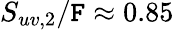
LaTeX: S_{uv,2}/\mathtt{F}\approx0.85